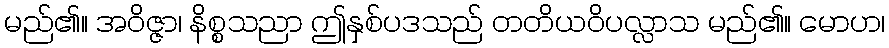
မည်၏။ အဝိဇ္ဇာ၊ နိစ္စသညာ ဤနှစ်ပဒသည် တတိယဝိပလ္လာသ မည်၏။ မောဟ၊